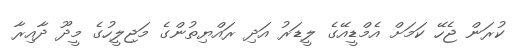
ކުރަން ޖެހޭ ކަމަށް އެމްޑީއޭގެ ލީޑަރު އަދި ރައްޔިތުންގެ މަޖިލީހުގެ މީދޫ ދާއިރާ